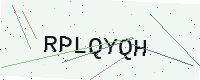
Text: RPLQYQH